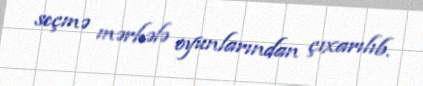
seçmə mərhələ oyunlarından çıxarılıb.